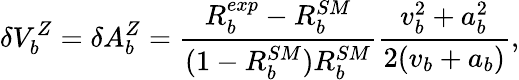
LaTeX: \delta V_{b}^{Z}=\delta A_{b}^{Z}=\frac{R_{b}^{exp}-R_{b}^{SM}}{(1-R_{b}^{SM})R_{b}^{SM}}\frac{v_{b}^{2}+a_{b}^{2}}{2(v_{b}+a_{b})},